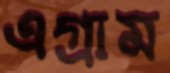
এগ্রাম